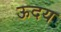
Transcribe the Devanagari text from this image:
ऊदय